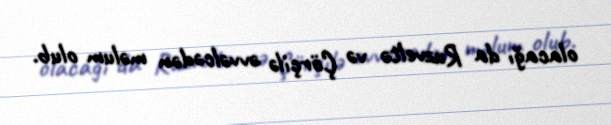
olacağı da Ruzveltə və Çörçilə əvvəlcədən məlum olub.